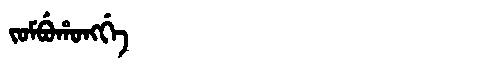
Manchu: ᠵᠣᠮᠪᡠᡥᠣᠩᡤᡝ
Romanization: JOMBUHONGGE